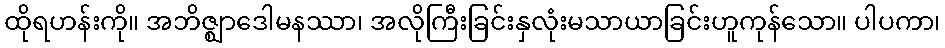
ထိုရဟန်းကို။ အဘိဇ္ဈာဒေါမနဿာ၊ အလိုကြီးခြင်းနှလုံးမသာယာခြင်းဟူကုန်သော။ ပါပကာ၊